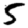
Digit: 5